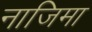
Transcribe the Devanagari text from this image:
नाजिमा